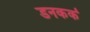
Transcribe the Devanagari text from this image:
डनकर्क